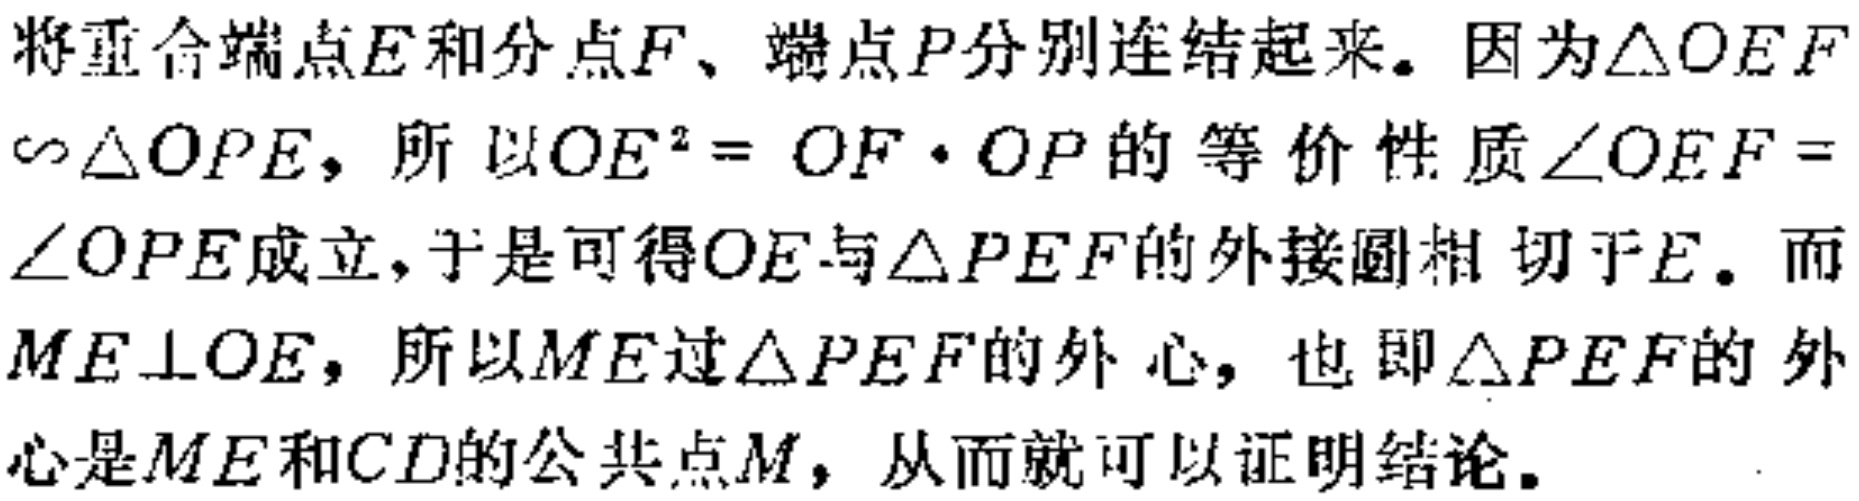
将重合端点\(E\)和分点\(F\)、端点\(P\)分别连结起来。因为\(\triangle OEF\sim\triangle OPE\)，所以\(OE^{2} = OF\cdot OP\)的等价性质\(\angle OEF = \angle OPE\)成立，于是可得\(OE\)与\(\triangle PEF\)的外接圆相切于\(E\)。而\(ME\perp OE\)，所以\(ME\)过\(\triangle PEF\)的外心，也即\(\triangle PEF\)的外心是\(ME\)和\(CD\)的公共点\(M\)，从而就可以证明结论。